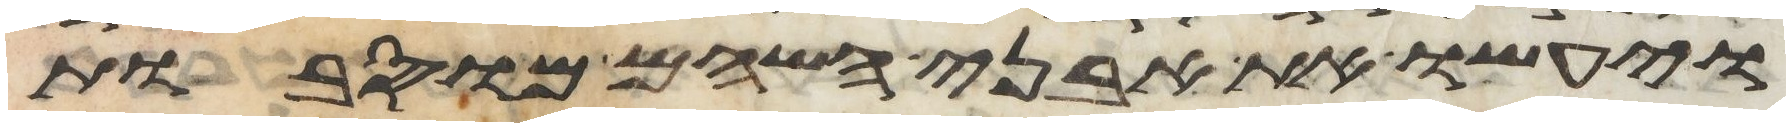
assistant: ויעשו את אבני השהם מוסבות